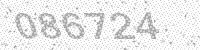
Solution: 086724